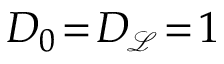
D _ { 0 } \! = \! D _ { { \scriptscriptstyle \! \mathscr { L } } } \! = \! 1